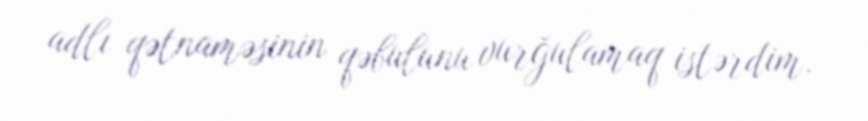
adlı qətnaməsinin qəbulunu vurğulamaq istərdim.